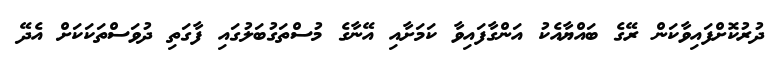
ދުރުކޮށްފައިވާކަން ރޭގެ ބައްޔާއެކު އަންގާފައިވާ ކަމަށާއި އޭނާގެ މުސްތަގުބަލުގައި ފާގަތި ދުވަސްތަކަކަށް އެދޭ